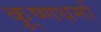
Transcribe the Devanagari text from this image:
कृ्ष्णधर्मा